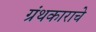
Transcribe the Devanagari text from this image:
ग्रंथकाराचे